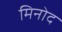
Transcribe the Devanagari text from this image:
मिनोद